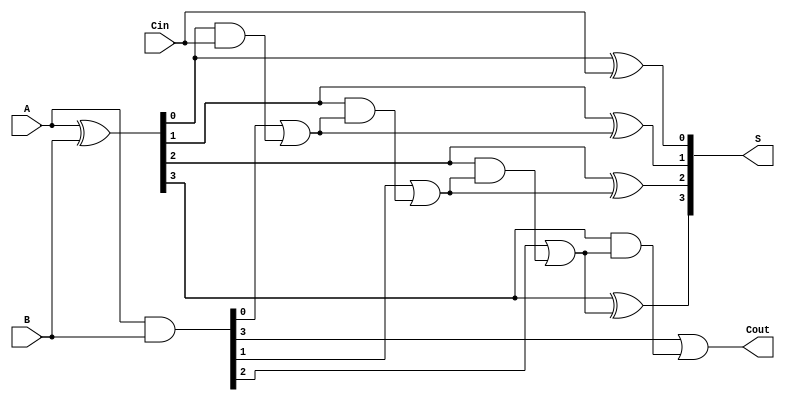
module KoggeStoneAdder #(parameter N = 4) (
    input [N-1:0] A,
    input [N-1:0] B,
    input Cin,
    output [N-1:0] S,
    output Cout
);
    
    wire [N-1:0] G;  // Generate
    wire [N-1:0] P;  // Propagate
    wire [N:0] C;    // Carry bits
    wire [N-1:0] R;  // Carry bits for each stage

    // Generate and Propagate calculations
    assign G = A & B;               // Generate
    assign P = A ^ B;               // Propagate
    assign C[0] = Cin;              // Carry-in

    // Kogge-Stone carry computation
    genvar i, j;
    
    // Stage 1
    assign C[1] = G[0] | (P[0] & C[0]);
    
    generate
        for (i = 1; i < N; i = i + 1) begin : stage1
            assign C[i + 1] = G[i] | (P[i] & C[i]);
        end
    endgenerate

    // Carry computation through multiple stages
    // For log2(N) stages, adapt i and j to select appropriate indices.
    genvar k;
    localparam STAGES = $clog2(N);
    
    for (k = 2; k <= STAGES; k = k + 1) begin : stage
        for (i = 0; i < N; i = i + (1 << k)) begin : stage_i
            assign R[i + (1 << (k - 1))] = G[i + (1 << (k - 1))] | 
                                            (P[i + (1 << (k - 1))] & C[i + (1 << (k - 1))]);
        end
    end

    // Assign final carry-out
    assign Cout = C[N];

    // Sum calculation
    generate
        for (j = 0; j < N; j = j + 1) begin : sum
            assign S[j] = P[j] ^ C[j];
        end
    endgenerate

endmodule